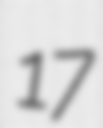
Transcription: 17